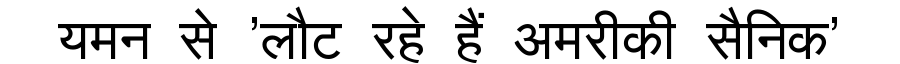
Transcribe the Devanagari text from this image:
यमन से 'लौट रहे हैं अमरीकी सैनिक'